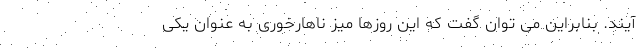
آیند. بنابراین می توان گفت که این روزها میز ناهارخوری به عنوان یکی